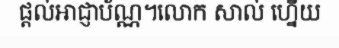
ផ្តល់អាជ្ញាប័ណ្ណ។លោក សាល់ ហ្នើយ